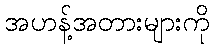
အဟန့်အတားများကို